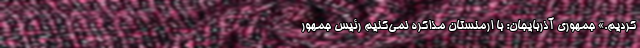
‌کردیم.» جمهوری آذربایجان: با ارمنستان مذاکره‌ نمی‌کنیم رئیس جمهور